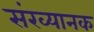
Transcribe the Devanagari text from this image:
संख्यानक